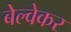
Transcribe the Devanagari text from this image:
बेल्वेकर